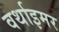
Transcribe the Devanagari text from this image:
वर्थाइमर